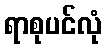
ရာစုပင်လုံ